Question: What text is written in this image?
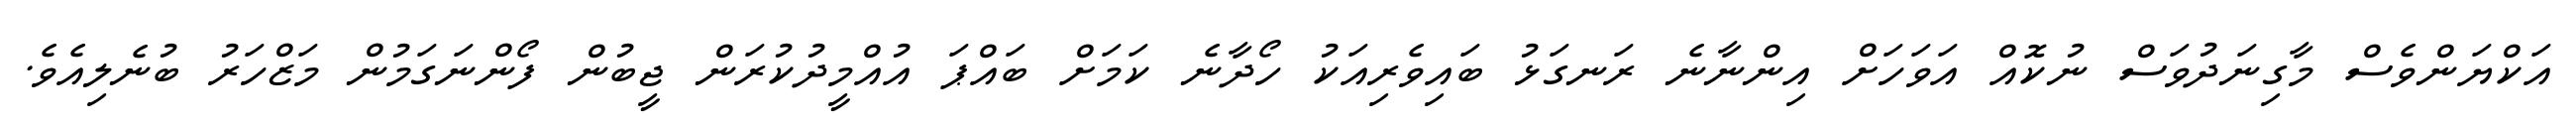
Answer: އަކްޔަންވެސް މާގިނަދުވަސް ނުކޮއް އަވަހަށް އިންނާނެ ރަނގަޅު ބައިވެރިއަކު ހޯދާނެ ކަމަށް ބައްޕަ އުއްމީދުކުރަން ޖީބުން ފޯންނަގަމުން މަޒްހަރު ބުނެލިއެވެ.